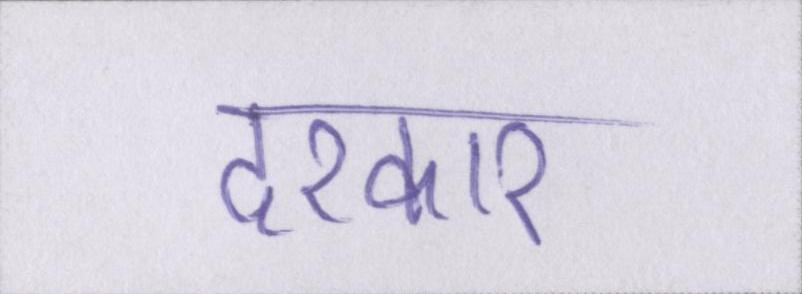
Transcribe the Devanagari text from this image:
दरकार